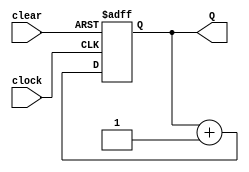
module Four_Bit_Unsigned_UpCounter_SC(Q, clock, clear);
	
	output [3:0]Q;
	input clock, clear;
	reg [3:0]Q;
	always @(posedge clock or posedge clear)
		begin
		//case for clear
			case(clear)
				1'b0: Q <= Q + 1'b1;
				1'b1: Q <= 4'b0;
			endcase
		end

endmodule